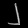
Digit: ၂